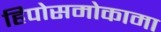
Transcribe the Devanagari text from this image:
हिपोसमोकामा